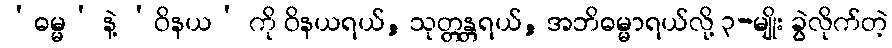
‘ဓမ္မ’ နဲ့ ‘ဝိနယ’ ကို ဝိနယရယ်, သုတ္တန္တရယ်, အဘိဓမ္မာရယ်လို့ ၃-မျိုး ခွဲလိုက်တဲ့